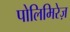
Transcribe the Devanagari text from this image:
पोलिमिरेज़